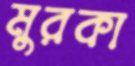
মুরকা